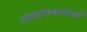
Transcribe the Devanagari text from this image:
संग्रहणकर्ताओं